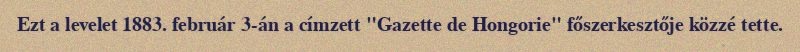
Ezt a levelet 1883. február 3-án a címzett "Gazette de Hongorie" főszerkesztője közzé tette.